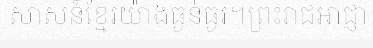
សាសន៍ខ្មែរយ៉ាងធ្ងន់ធ្ងរ។ព្រះរាជអាជ្ញា